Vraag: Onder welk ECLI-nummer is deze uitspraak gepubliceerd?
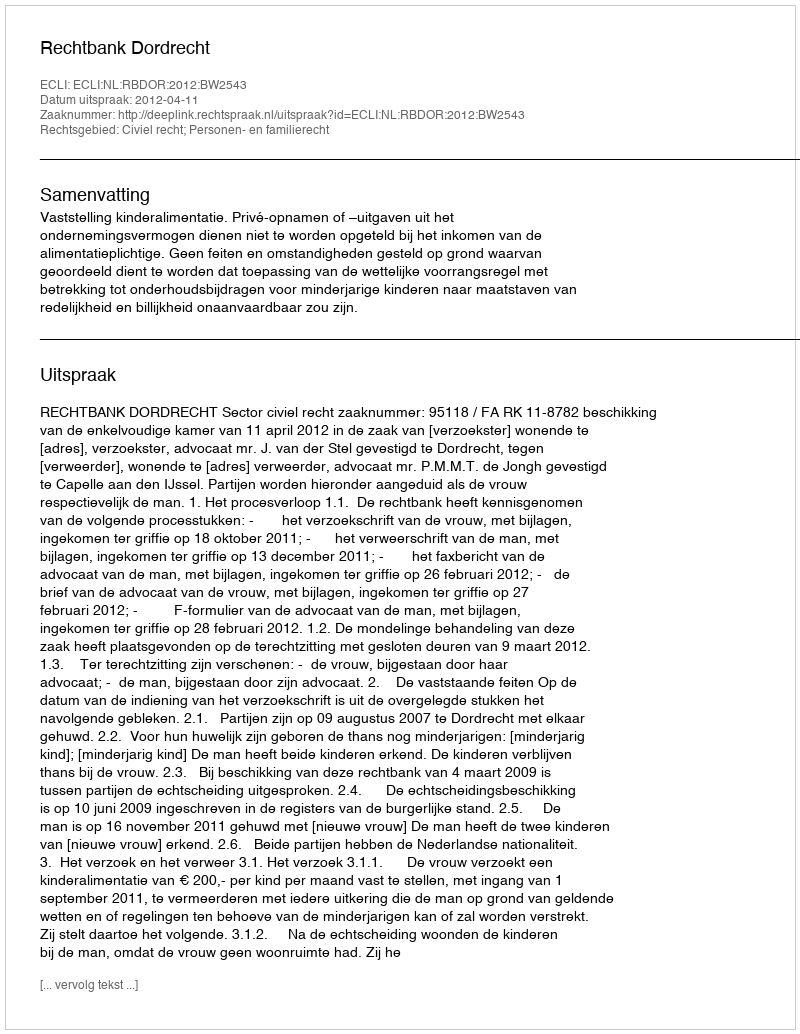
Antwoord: ECLI:NL:RBDOR:2012:BW2543